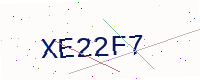
Text: XE22F7